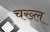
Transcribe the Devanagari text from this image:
चख्ल